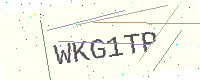
Text: WKG1TP